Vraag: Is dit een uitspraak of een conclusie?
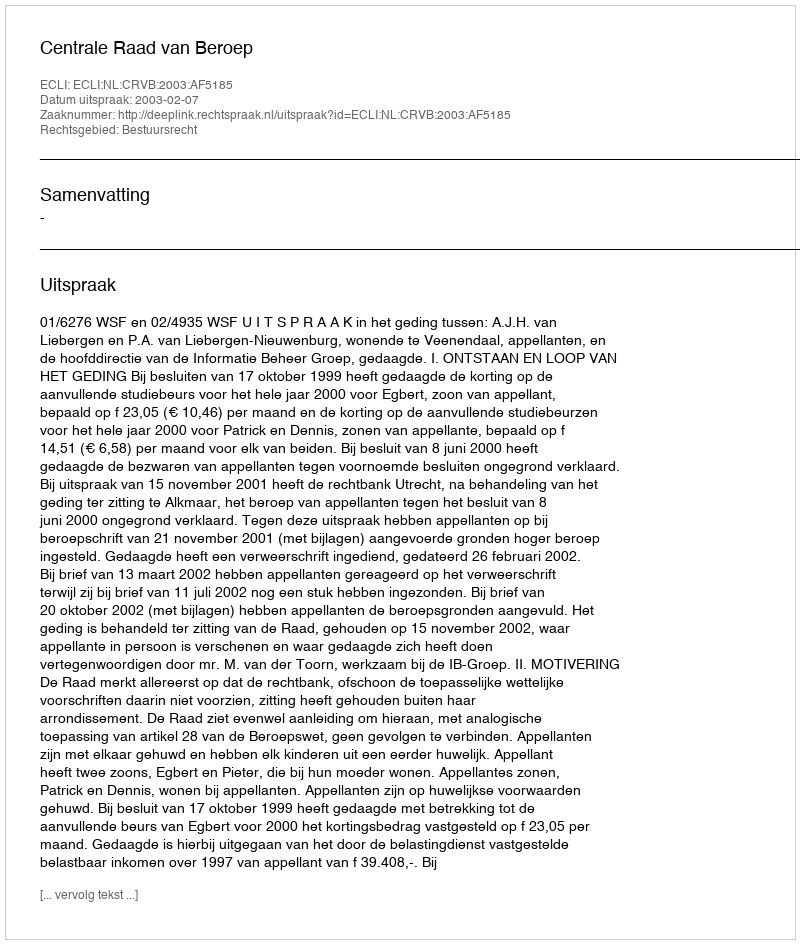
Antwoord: Uitspraak